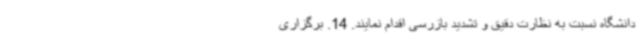
دانشگاه نسبت به نظارت دقیق و تشدید بازرسی اقدام نمایند. 14. برگزاری